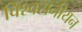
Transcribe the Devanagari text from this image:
विश्वसनीयन